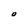
Character: O